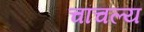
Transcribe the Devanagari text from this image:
चांचल्य